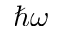
\hbar \omega